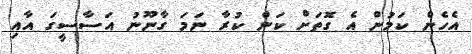
އެހެން ކަމުން އެ ގޮތަށް ކަން ކުރާ ނަމަ ގާނޫނު އަސާސީގަ އާއި